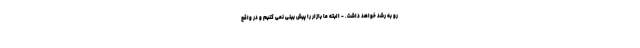
رو به رشد خواهد داشت. - البته ما بازار را پیش بینی نمی کنیم و در واقع